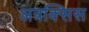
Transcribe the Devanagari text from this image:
अत्रक्सिस